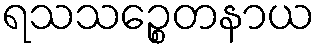
ရသသဉ္စေတနာယ